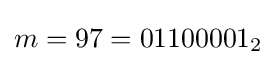
m=97=01100001_{2}